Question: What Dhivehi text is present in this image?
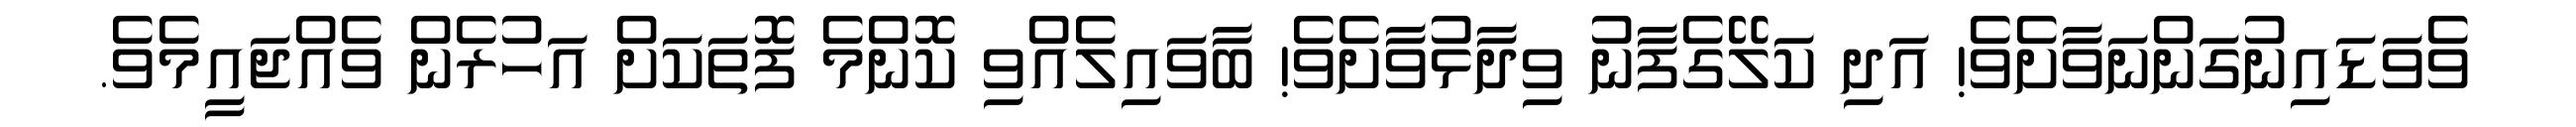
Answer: ވެވަޑައިނުގަންނަވާށެވެ! އަދި ކަލޭގެފާނު ވިދާޅުވާށެވެ! ބާވައިލެއްވި ކޮންމެ ފޮތަކަށް އަހުރެން ވެއްޖައީމެވެ.